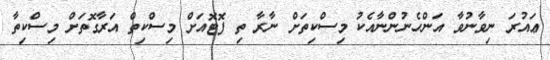
ޢައުރަ ނިވާނުވާ އަންހެނުންނާއެކު މިސްކިތަށް ނާރާ ތި ފޮޓޮއަށް މިސްކިތް އަރާގޮތަށް މިސްކިތާ